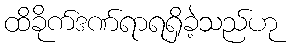
ထိခိုက်ဒဏ်ရာရရှိခဲ့သည်ဟု